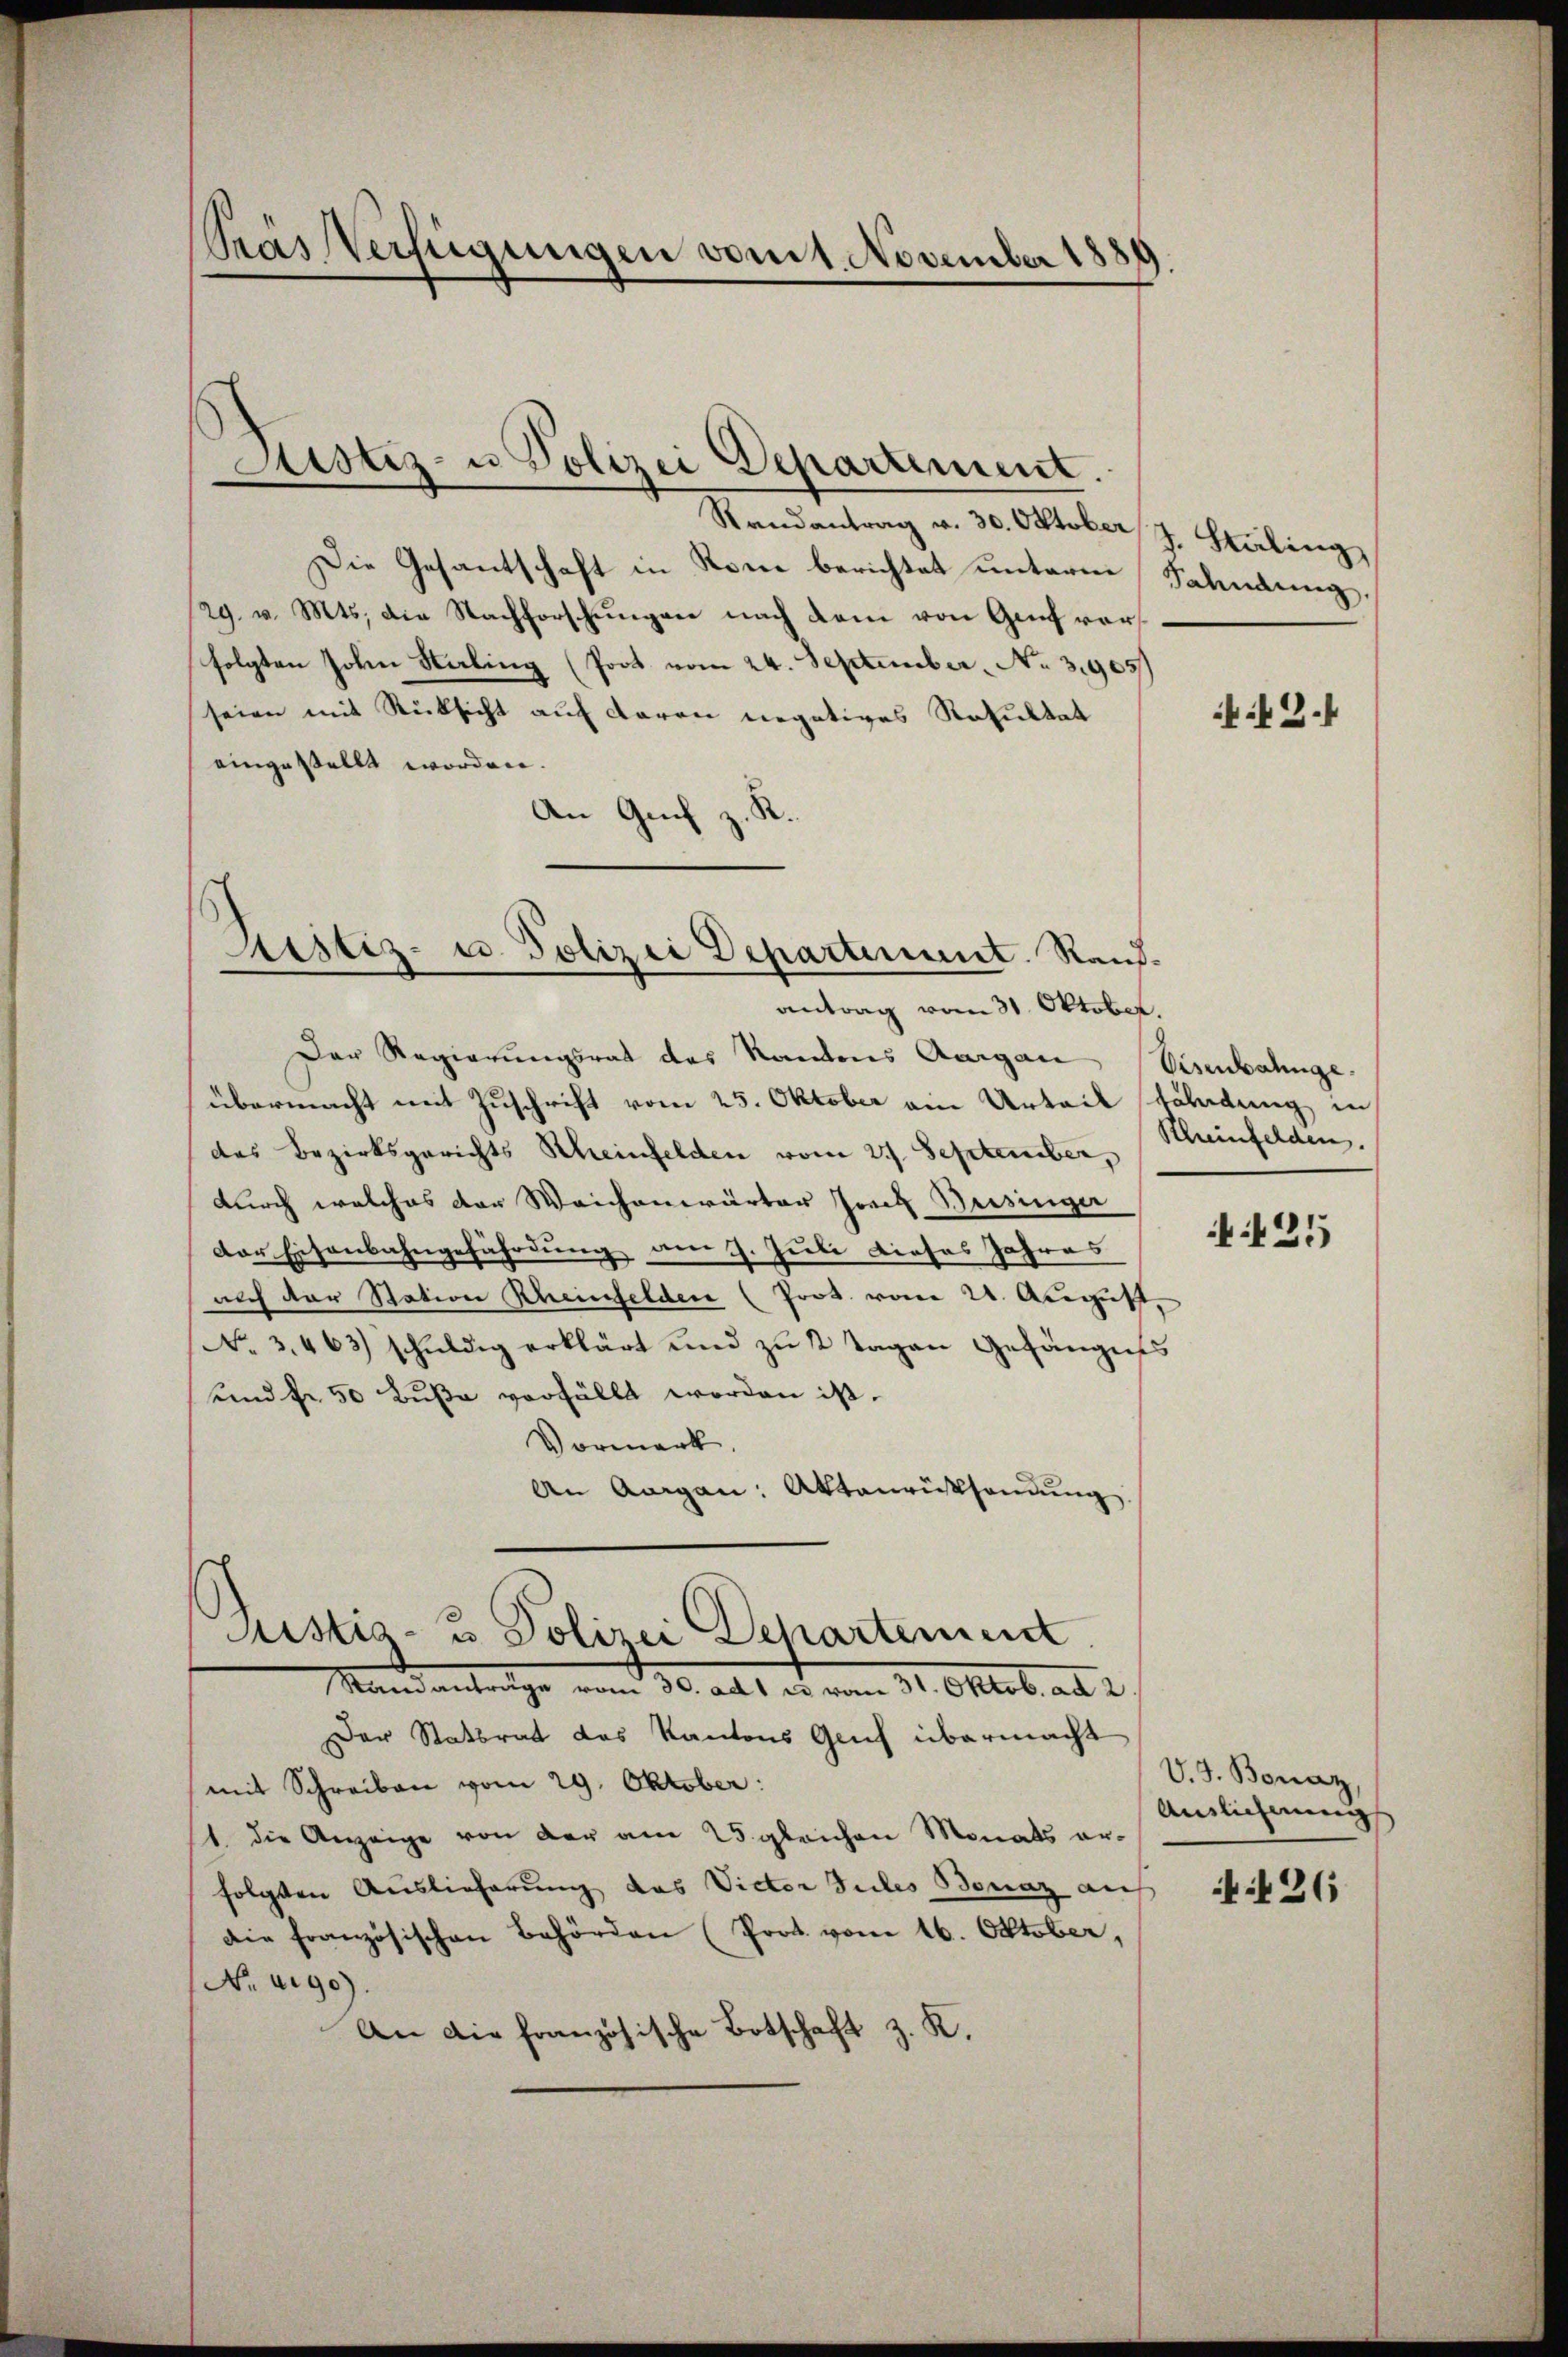
Kas Verfügungen vom 1. November 1880

Justiz- u. Polizei Departement.

Sistiz- u. Polizei Departement. Rauf¬

Randantrag v. 30. Oktober
Die Gesantschaft in Rom berichtet untermei¬
29. v. Mts. die Nachforschungen nach dem von Genf vorfolgten Johin Kaling (Poot vom 24. September, No. 31965
seien mit Rücksicht auf daran negatives Resultat
eingestellt worden.
R.
An Guch,
“
antrag vom 31. Oktober.
Der Regierungsrat des Kantons Aargau
übermacht mit Zuschrift vom 25. Oktober ein Urteil
das Bezirksgerichts Scheinfelden vom 21. September,
durch welches der Weichenwärter Josef Beisinger
der Eisenbahngefährdung am 9. Juli dieses Jahres
nach der Station Rheinfelden (Pros. vom 21. Augus
No. 3.463) schŭldig erklärt und zu 2 Tagen Gefängn
und fr 50 Buße verfüllt worden ist.
Vormerk.
An Aargau: Aktenrüsendung
Justiz- & Polizei Departement
Mandantrage vom 30. alt, das vom 11. Oktob. an d
Der Statsrat das Kantons Gruf übermacht
mit Schreiben vom 29. Oktober:
1 die Anzeige von der am 25. gleichen Monats er-
folgten Auslieferung das Vieter Sules Benaz auf
die französischen Behörden (Prot. vom 16. Oktober,
No aige).
An die französische Botschaft z. K.

d. Stäling
Fahndung,

2.1

Visenbahnge.
Föhndung in
Rheinfelden.

425

V. J. Bonaz,
Aunlichnung

126